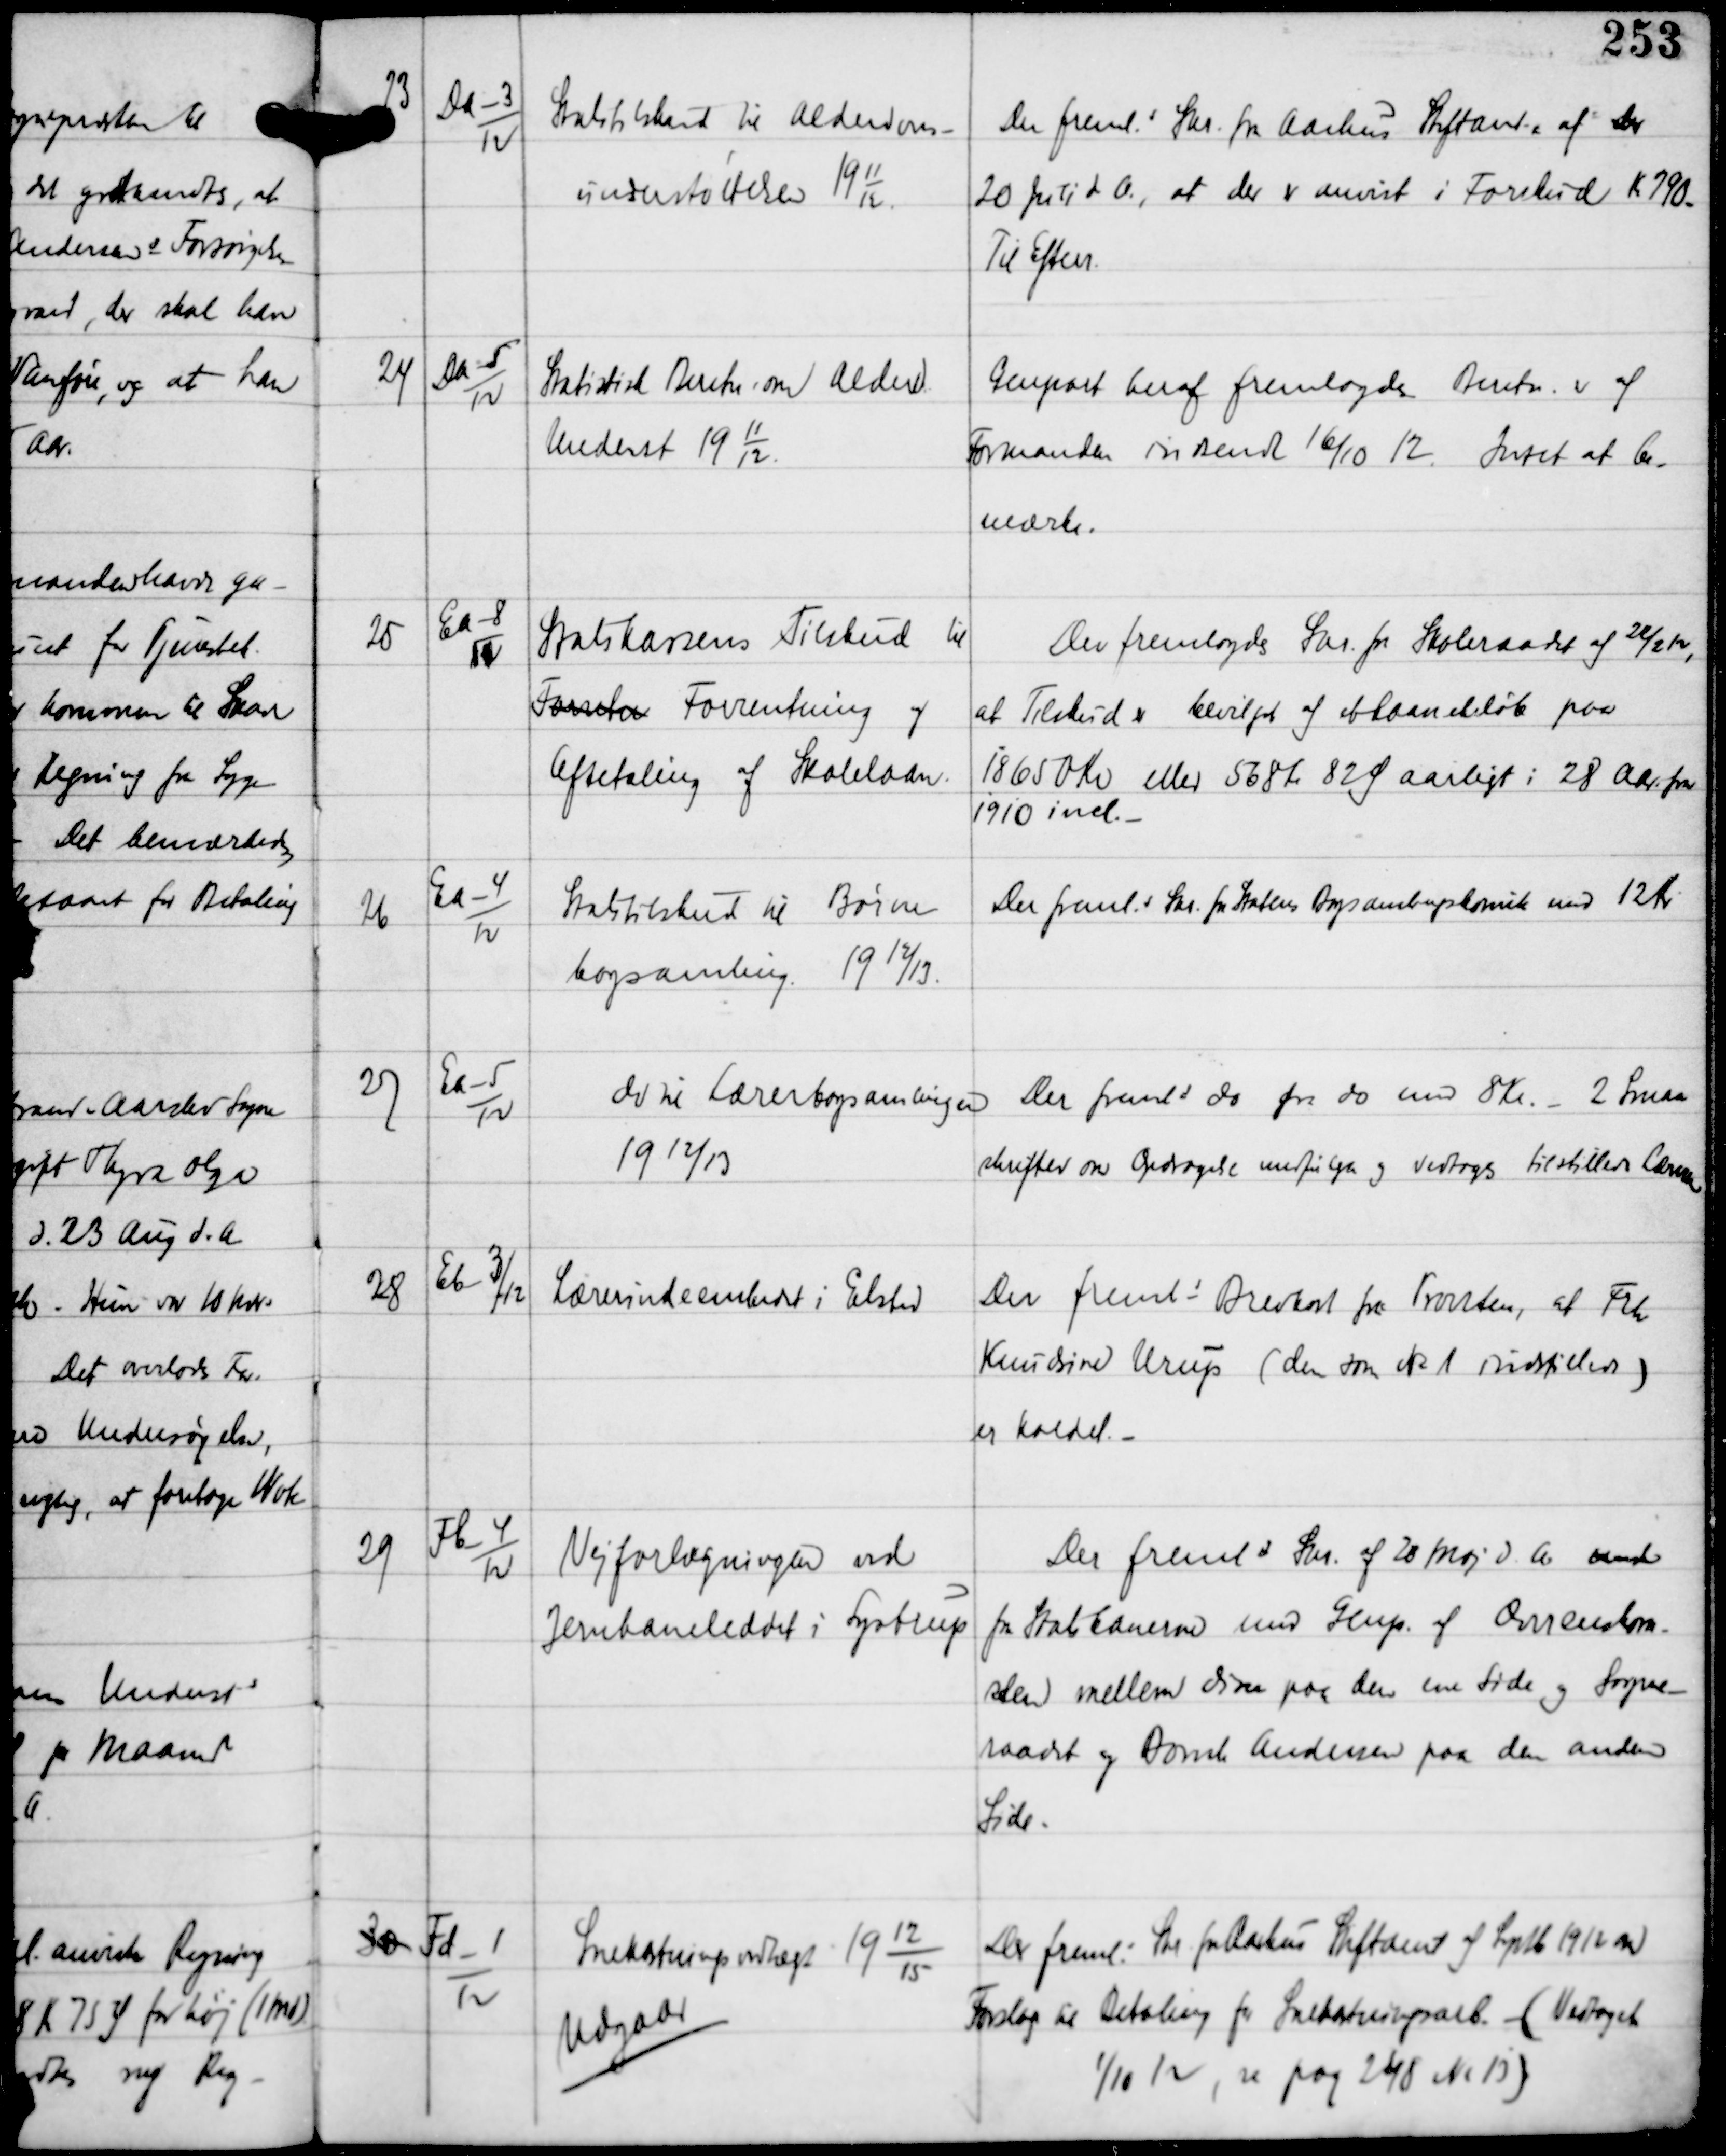
Transskription:
23

Da-3
12

Statstilskud til Alderdoms-
understøttelsen 19
11
12

Der fremls Skr fra Aarhus Stiftamt af den
20 Juli d.A., at der er anvist i Forskud Kr 790.
Til Efterr.

24

Da-5
12

Statistisk Beretn om Alderd
Underst 19
11
12

Genpart heraf fremlagdes Beretn er af
Formanden indsendt 16/10 12. Intet at be-
mærke.

25

Ea-8
11

Statskassens Tilskud til
Forretn Forventning af
Afbetaling af Skolelaan.

Der fremlagdes Skr fra Skoleraadet af 22/2 12,
at Tilskud er bevilget af et Laanebeløb paa
18650 Kr eller 568 Kr 82 Ø aarligt i 28 Aar fra
1910 incl. -

26

Ea-4
12

Statstilskud til Børne-
bogsamling 19 12/13

Der fremls Skr fra Statens Bogsamlingskomite med 12 Kr

27

Ea-5
12

do til Lærerbogsamlingen
19 12/13

Der fremls do fra do med 8 Kr. - 2 Smaa-
skrifter om Opdragelse medfulgte og vedtoges tilstilles Læreren

28

Eb-3/
12

Lærerindeembedet i Elsted

Der fremls Brevkort fra Provsten, at Frk
Knudsine Urup (den som Nr 1 indstilles)
er kaldet. -

29

Fb-4
12

Vejforlægningen ved
Jernbaneleddet i Lystrup

Der fremls Skr af 28 Maj d. 6. med
fra Statsbanerne med Genp af Overenskom-
sten mellem disse paa den ene Side og Sogne-
raadet og Bomh Andersen paa den anden
Side.

30 Fd-1
12

Snekastningsvedtægt 19
12
15
Udgaar

Der fremls Skr fra Aarhus Stiftamt af Sept 1912 om
Forslag til Betaling for Snekastningsarb (Vedtaget
1/10 12, se pag 248 Nr 13)